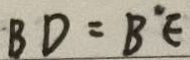
B D = B ^ { \prime } E